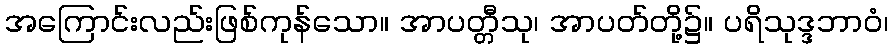
အကြောင်းလည်းဖြစ်ကုန်သော။ အာပတ္တီသု၊ အာပတ်တို့၌။ ပရိသုဒ္ဒဘာဝံ၊